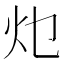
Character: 𭴂